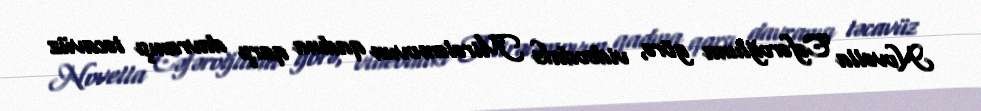
Novella Cəfəroğluna görə, videodakı Mirələmovun qadına qarşı davranışı təcavüz